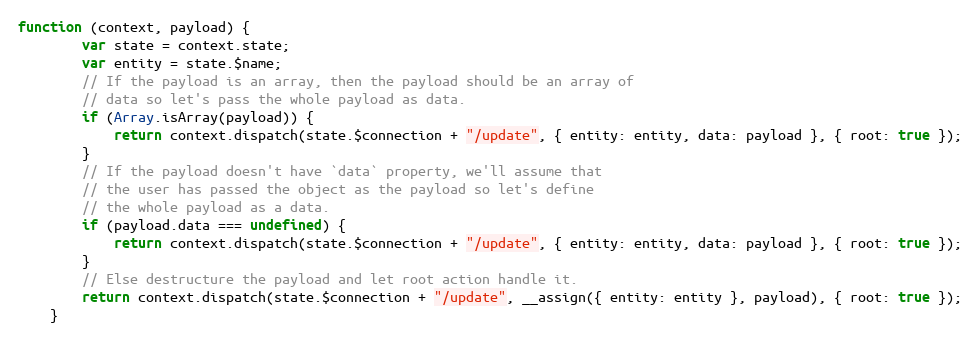
Language: JavaScript
function (context, payload) {
        var state = context.state;
        var entity = state.$name;
        // If the payload is an array, then the payload should be an array of
        // data so let's pass the whole payload as data.
        if (Array.isArray(payload)) {
            return context.dispatch(state.$connection + "/update", { entity: entity, data: payload }, { root: true });
        }
        // If the payload doesn't have `data` property, we'll assume that
        // the user has passed the object as the payload so let's define
        // the whole payload as a data.
        if (payload.data === undefined) {
            return context.dispatch(state.$connection + "/update", { entity: entity, data: payload }, { root: true });
        }
        // Else destructure the payload and let root action handle it.
        return context.dispatch(state.$connection + "/update", __assign({ entity: entity }, payload), { root: true });
    }